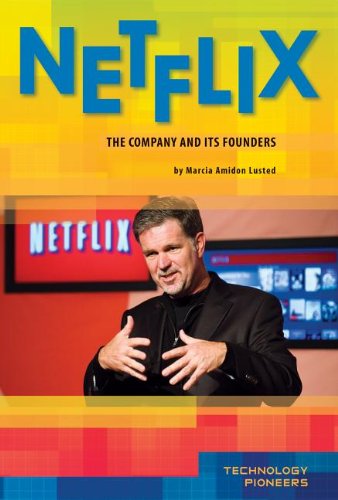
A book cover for Netflix: The Company and Its Founders (Technology Pioneers); Marcia Amidon Lusted; Teen & Young Adult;